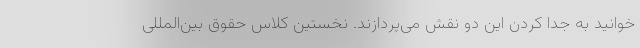
خوانید به جدا کردن این دو نقش می‌پردازند. نخستین کلاس حقوق بین‌المللی